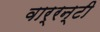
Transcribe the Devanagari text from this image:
वार्रन्टी